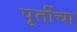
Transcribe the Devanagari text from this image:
पूर्तीचा